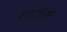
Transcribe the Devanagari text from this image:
साफ़्टवेअर